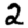
Digit: 2